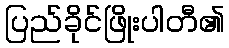
ပြည်ခိုင်ဖြိုးပါတီ၏